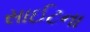
સાઈટના